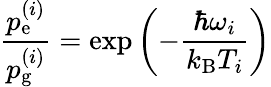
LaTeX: \frac{p_{\mathrm{e}}^{(i)}}{p_{\mathrm{g}}^{(i)}}=\exp\left(-\frac{\hbar\omega_{i}}{k_{\mathrm{B}}T_{i}}\right)